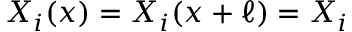
X _ { i } ( x ) = X _ { i } ( x + \ell ) = X _ { i }